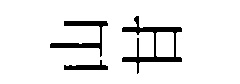
山甘